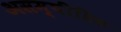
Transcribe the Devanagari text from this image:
असम्पीडित